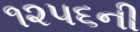
૧૨૫૬ની